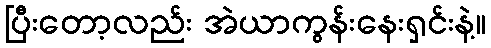
ပြီးတော့လည်း အဲယာကွန်းနေးရှင်းနဲ့။